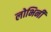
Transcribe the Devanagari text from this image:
लोभिनी